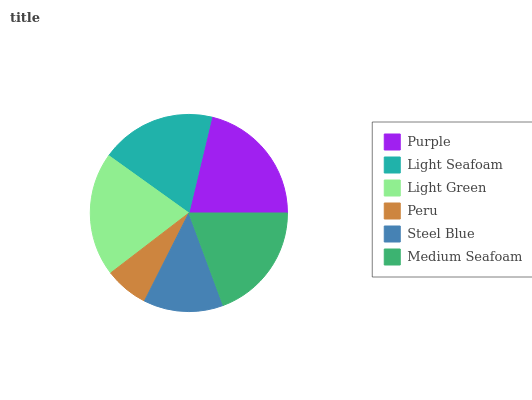
| Purple | Light Seafoam | Light Green | Peru | Steel Blue | Medium Seafoam |
 | --- | --- | --- | --- | --- | --- |
 | 21.3% | 18.8% | 20.3% | 7.14% | 13.1% | 19.4% |